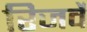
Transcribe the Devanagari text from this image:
रिजर्वे